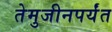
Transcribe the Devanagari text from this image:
तेमुजीनपर्यंत